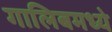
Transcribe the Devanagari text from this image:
गालिबमध्ये